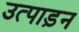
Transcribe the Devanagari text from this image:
उत्पाड़न